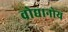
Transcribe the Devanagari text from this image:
वोद्यानोय